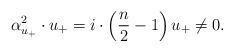
LaTeX: \begin{align*}\alpha^2_{u_+} \cdot u_+ = i\cdot \left(\frac{n}{2}-1\right) u_+ \neq 0. \end{align*}